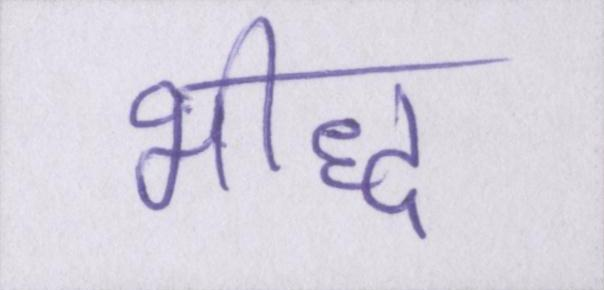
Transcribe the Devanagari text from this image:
भीद्ध